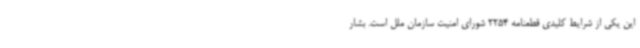
این یکی از شرایط کلیدی قطعنامه 2254 شورای امنیت سازمان ملل است. بشار